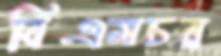
বিএমচর